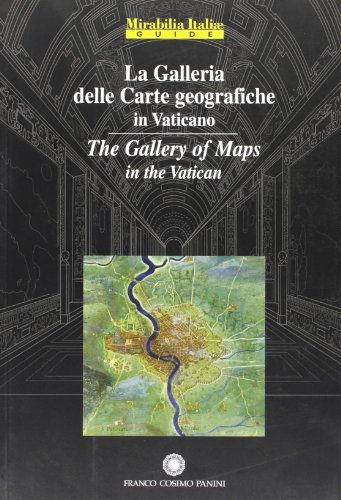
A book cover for La Galleria delle Carte geografiche in Vaticano/The Gallery of Maps in the Vatican; Travel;